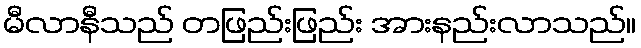
မီလာနီသည် တဖြည်းဖြည်း အားနည်းလာသည်။